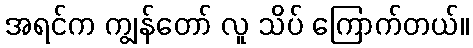
အရင်က ကျွန်တော် လူ သိပ် ကြောက်တယ်။